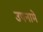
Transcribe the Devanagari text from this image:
उपनामे